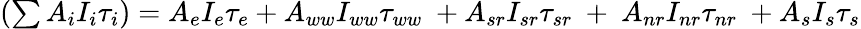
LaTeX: \begin{array}{r}{(\sum{A_{i}I_{i}\tau_{i}})=A_{e}I_{e}\tau_{e}+A_{ww}I_{ww}\tau_{ww}\ +A_{sr}I_{sr}\tau_{sr}\ +\ A_{nr}I_{nr}\tau_{nr}\ +A_{s}I_{s}\tau_{s}}\end{array}